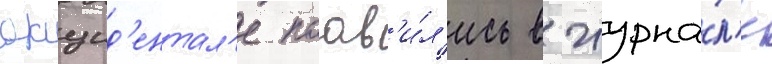
окцид'ентал'е поав'и́л'ись в журна́л'е